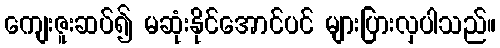
ကျေးဇူးဆပ်၍ မဆုံးနိုင်အောင်ပင် များပြားလှပါသည်။